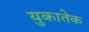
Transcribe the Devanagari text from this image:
युकातेक